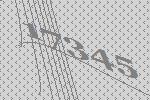
17345